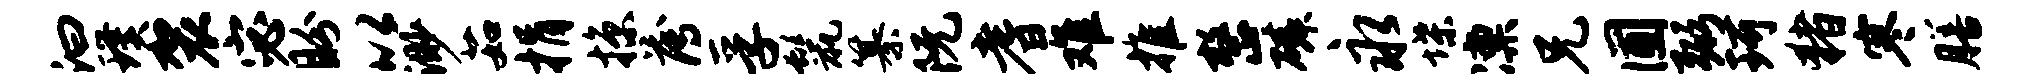
汩璞袈宓盼以渺茹捐掠薄孚鬣纂阮耆难推整磷永堞凛兄圃弼珂猪寒膳